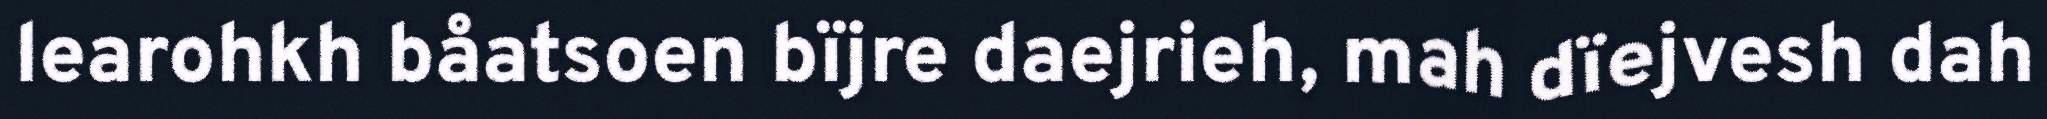
learohkh båatsoen bïjre daejrieh, mah dïejvesh dah